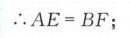
\(\therefore AE = BF\);